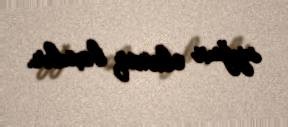
uyğun olaraq baxılır.